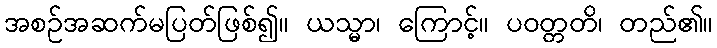
အစဉ်အဆက်မပြတ်ဖြစ်၍။ ယသ္မာ၊ ကြောင့်။ ပဝတ္တတိ၊ တည်၏။